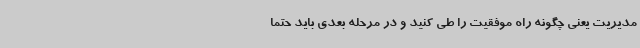
مدیریت یعنی چگونه راه موفقیت را طی کنید و در مرحله بعدی باید حتما